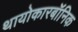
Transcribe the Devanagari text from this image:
थायोकारबॉनिक